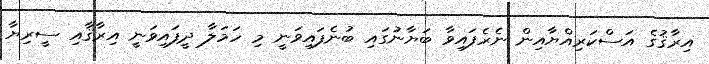
އިރާޤުގެ އަސްކަރިއްޔާއިން ނެރެފައިވާ ބަޔާނުގައި ބުނެފައިވަނީ މި ހަމަލާ ދީފައިވަނީ އިރާޤާއި ސީރިޔާ